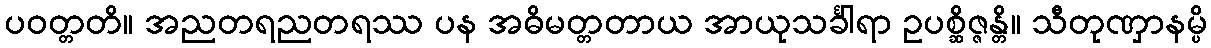
ပဝတ္တတိ။ အညတရညတရဿ ပန အဓိမတ္တတာယ အာယုသင်္ခါရာ ဥပစ္ဆိဇ္ဇန္တိ။ သီတုဏှာနမ္ပိ